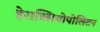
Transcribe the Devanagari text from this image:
हेराक्लियोपोलिटन